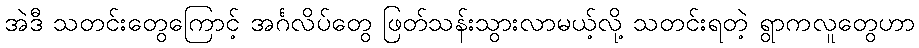
အဲဒီ သတင်းတွေကြောင့် အင်္ဂလိပ်တွေ ဖြတ်သန်းသွားလာမယ့်လို့ သတင်းရတဲ့ ရွာကလူတွေဟာ